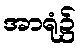
အာရုံ၌